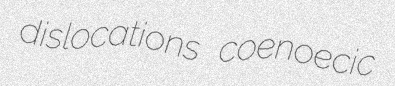
dislocations coenoecic